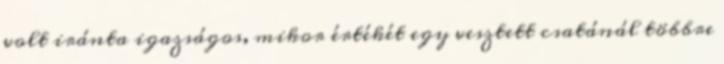
volt iránta igazságos, mikor értékét egy vesztett csatánál többre